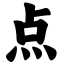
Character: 点